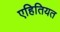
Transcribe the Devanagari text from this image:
एहितियत